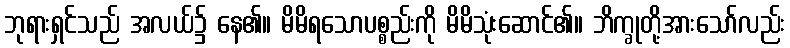
ဘုရားရှင်သည် အလယ်၌ နေ၏။ မိမိရသောပစ္စည်းကို မိမိသုံးဆောင်၏။ ဘိက္ခုတို့အားသော်လည်း